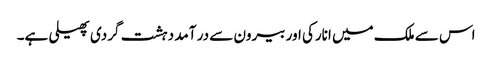
اس سے ملک میں انارکی اور بیرون سے در آمد دہشت گردی پھیلی ہے۔